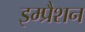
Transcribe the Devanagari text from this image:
इम्प्रैशन